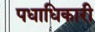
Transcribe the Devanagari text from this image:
पधाधिकारी